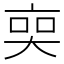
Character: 𠅧